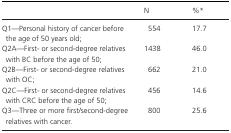
|  | N | %a |
 | --- | --- | --- |
 | Q1—Personal history of cancer before the age of 50 years old; | 554 | 17.7 |
 | Q2A—First‐ or second‐degree relatives with BC before the age of 50; | 1438 | 46.0 |
 | Q2B—First‐ or second‐degree relatives with OC; | 662 | 21.0 |
 | Q2C—First‐ or second‐degree relatives with CRC before the age of 50; | 456 | 14.6 |
 | Q3—Three or more first/second‐degree relatives with cancer. | 800 | 25.6 |